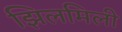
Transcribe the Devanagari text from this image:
झिलमिली